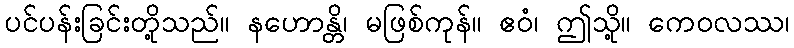
ပင်ပန်းခြင်းတို့သည်။ နဟောန္တိ၊ မဖြစ်ကုန်။ ဧဝံ၊ ဤသို့။ ကေဝလဿ၊